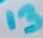
Text: 13